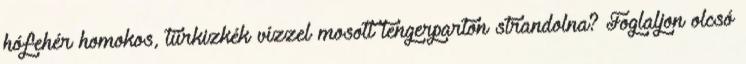
hófehér homokos, türkizkék vízzel mosott tengerparton strandolna? Foglaljon olcsó